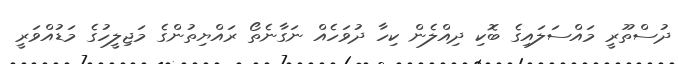
ދުސްތޫރީ މައްސަލައިގެ ބޮކި ދިއްލެން ކިހާ ދުވަހެއް ނަގާނެތޯ ރައްޔިތުންގެ މަޖިލީހުގެ މަޑުއްވަރީ